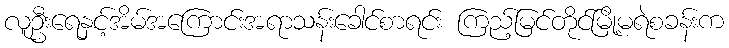
လူဦးရေနှင့်အိမ်အကြောင်းအရာသန်းခေါင်စာရင်း ကြည့်မြင်တိုင်မြို့မရဲစခန်းက